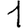
Digit: 1